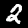
Digit: 2